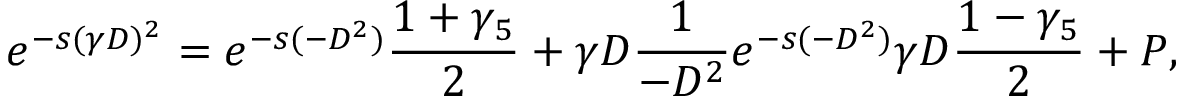
e ^ { - s ( \gamma D ) ^ { 2 } } = e ^ { - s ( - D ^ { 2 } ) } { \frac { 1 + \gamma _ { 5 } } { 2 } } + \gamma D { \frac { 1 } { - D ^ { 2 } } } e ^ { - s ( - D ^ { 2 } ) } \gamma D { \frac { 1 - \gamma _ { 5 } } { 2 } } + P ,